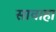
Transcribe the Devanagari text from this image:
सावाहा